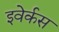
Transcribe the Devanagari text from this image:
इवेर्कस